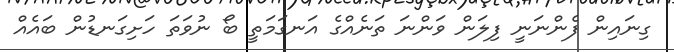
ގިނައިން ފެންނަނީ ފިލަން ވަންނަ ތަނެއްގެ އަނގަމަތީ ބޯ ނުވަތަ ހަށިގަނޑުން ބައެއް